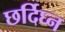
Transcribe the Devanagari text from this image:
छर्दिघ्न